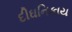
દીઘનિકાય